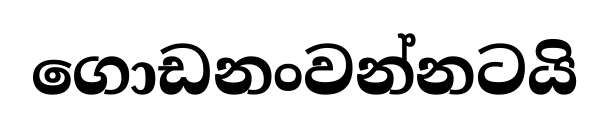
ගොඩනංවන්නටයි